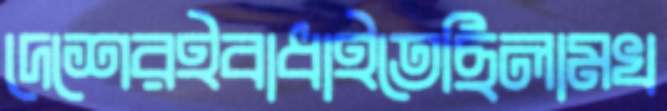
দেশেরইবাধাইতেছিলামখ